Leaving Certificate Examination, 1911
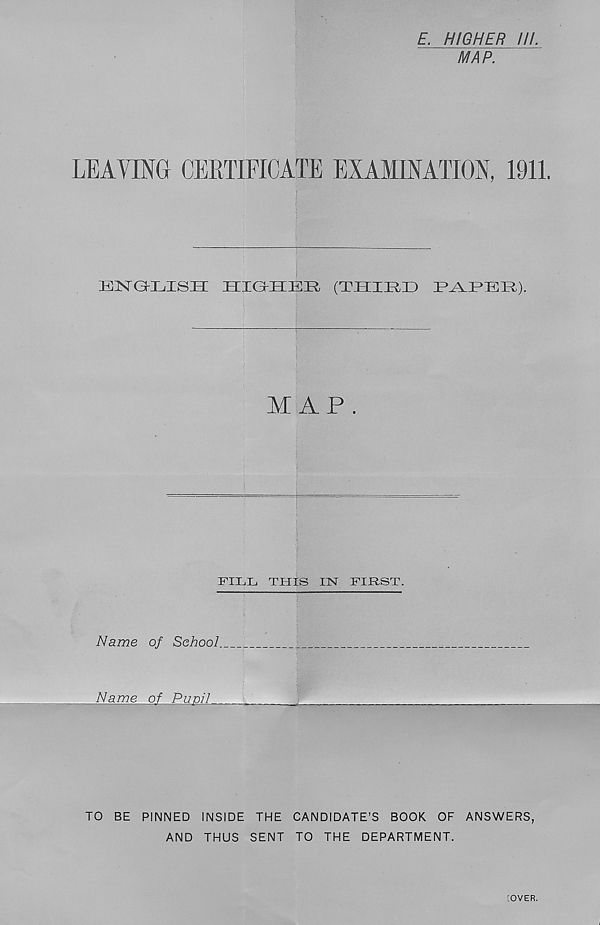
E. HIGHER ///.
MAP.
LEAVING CERTIFICATE EXAMINATION, 1911.
HIGKELEIrt (T ELIRI )
1
I >1^11).
M AP .
FILL THIS IN FIRST.
Name of School.
Name of Puoil
TO BE PINNED INSIDE THE CANDIDATE’S BOOK OF ANSWERS,
AND THUS SENT TO THE DEPARTMENT.
[OVER.